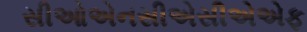
સીઓએનસીએસીએએફ